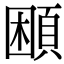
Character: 𩒱